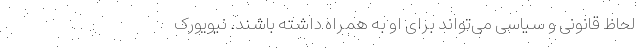
لحاظ قانونی و سیاسی می‌تواند برای او به همراه داشته باشند. نیویورک